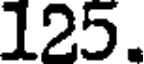
125.